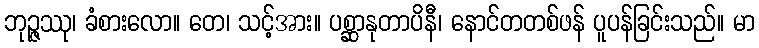
ဘုဉ္ဇဿု၊ ခံစားလော။ တေ၊ သင့်အား။ ပစ္ဆာနုတာပိနီ၊ နောင်တတစ်ဖန် ပူပန်ခြင်းသည်။ မာ